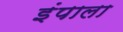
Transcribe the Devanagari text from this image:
इंपाला